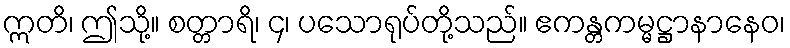
ဣတိ၊ ဤသို့။ စတ္တာရိ၊ ၄၊ ပသောရုပ်တို့သည်။ ဧကန္တကမ္မဋ္ဌာနာနေဝ၊